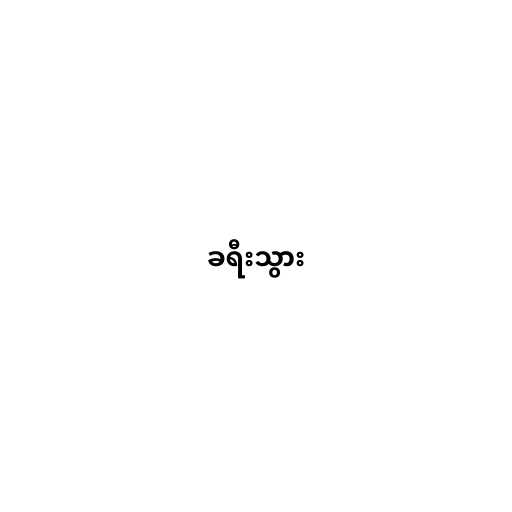
ခရီးသွား